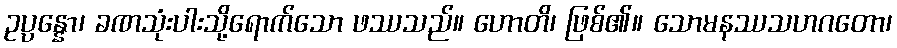
ဥပ္ပန္နော၊ ခဏသုံးပါးသို့ရောက်သော ဖဿသည်။ ဟောတိ၊ ဖြစ်၏။ သောမနဿသဟဂတော၊